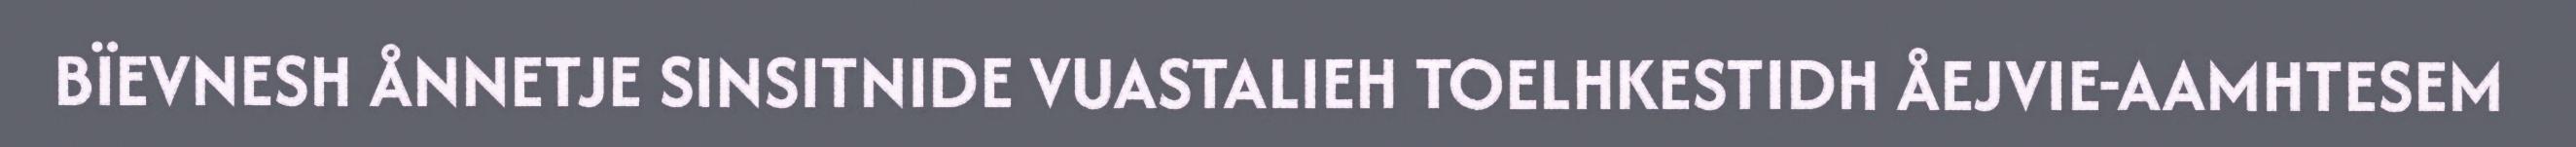
BÏEVNESH ÅNNETJE SINSITNIDE VUASTALIEH TOELHKESTIDH ÅEJVIE-AAMHTESEM